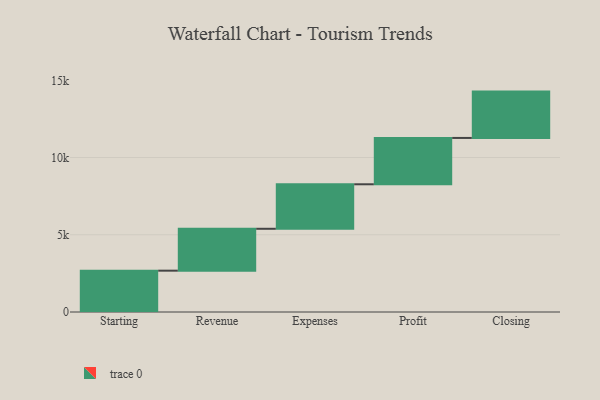
{"axis": {"x": "Step", "y": "Value"}, "legend": [""], "data": [{"x": "Starting", "y": 2676.0, "type": ""}, {"x": "Revenue", "y": 2712.0, "type": ""}, {"x": "Expenses", "y": 2881.0, "type": ""}, {"x": "Profit", "y": 3000, "type": ""}, {"x": "Closing", "y": 3000, "type": ""}]}